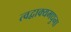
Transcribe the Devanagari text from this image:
त्वद्वाक्यमधुना